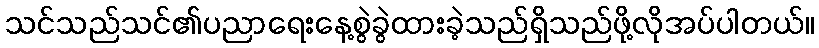
သင်သည်သင်၏ပညာရေးနေ့စွဲခွဲထားခဲ့သည်ရှိသည်ဖို့လိုအပ်ပါတယ်။